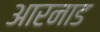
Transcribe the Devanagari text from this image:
आरनाड